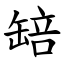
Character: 䍌